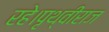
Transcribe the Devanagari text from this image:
रहे।पृथ्वीराज